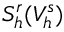
S _ { h } ^ { r } ( V _ { h } ^ { s } )